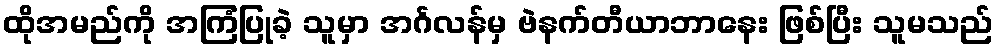
ထိုအမည်ကို အကြံပြုခဲ့ သူမှာ အင်္ဂလန်မှ ဗဲနက်တီယာဘာနေး ဖြစ်ပြီး သူမသည်